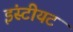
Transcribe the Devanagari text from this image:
इंस्टीयट